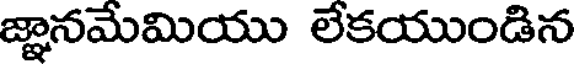
జ్ఞానమేమియు లేకయుండిన